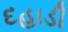
દહાડી